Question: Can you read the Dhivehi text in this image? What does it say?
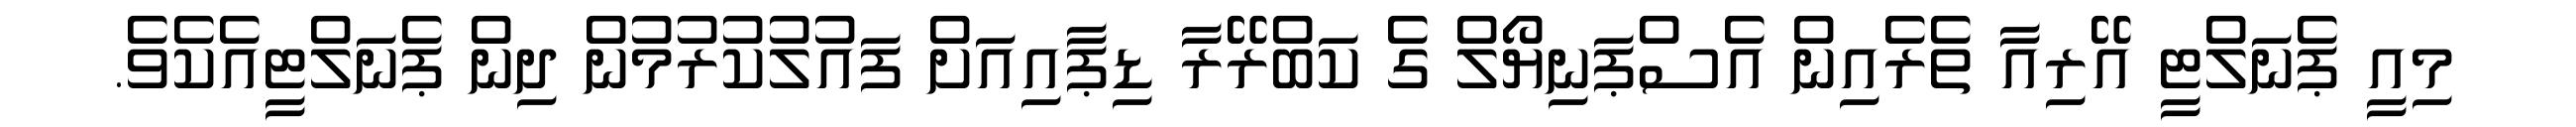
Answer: މިއީ ޕެނަލްޓީ އޭރިއާ ތެރެއިން އެސްޕަނިޔޯލް ގެ ކަބްރޭރާ ޑިޕާއިއަށް ފައުލުކުރުމުން ދިން ޕެނަލްޓީއެކެވެ.